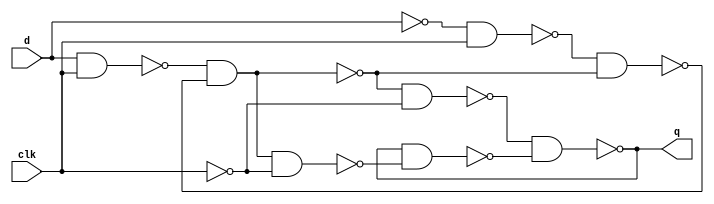
/* mdulo DLatch */

`ifndef _DLatch_
`define _DLatch_

module DLatch(q, d, clk);

    input d, clk;
    output q;
    wire w1, w2, w3, w4, w5, w6, w7, w8, w9, w10;

    // Descrio de conexes internas do mdulo
    //Master
    not not1   (w1, d);
    nand nand1 (w2, d, clk);
    nand nand2 (w5, w2, w3);
    nand nand3 (w4, w1, clk);
    nand nand4 (w3, w4, w5);

    //Slave
    not not2   (w7, clk);
    not not3   (w6, w5);
    nand nand5 (w8, w5, w7);
    nand nand6 (q, w8, w10);
    nand nand7 (w9, w6, w7);
    nand nand8 (w10, q, w9);


endmodule

`endif